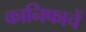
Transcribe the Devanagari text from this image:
कानिफाचें